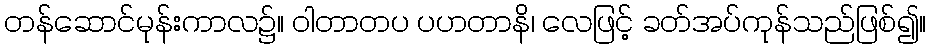
တန်ဆောင်မုန်းကာလ၌။ ဝါတာတပ ပဟတာနိ၊ လေဖြင့် ခတ်အပ်ကုန်သည်ဖြစ်၍။